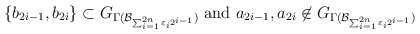
\begin{align*}\{b_{2i-1}, b_{2i} \} \subset G_{\Gamma( \mathcal{B}_{\sum_{i=1}^{2n} \varepsilon_{i} 2^{i-1}})} \ \mathrm{and} \ a_{2i-1}, a_{2i} \not\in G_{\Gamma( \mathcal{B}_{\sum_{i=1}^{2n} \varepsilon_{i} 2^{i-1}})}\end{align*}